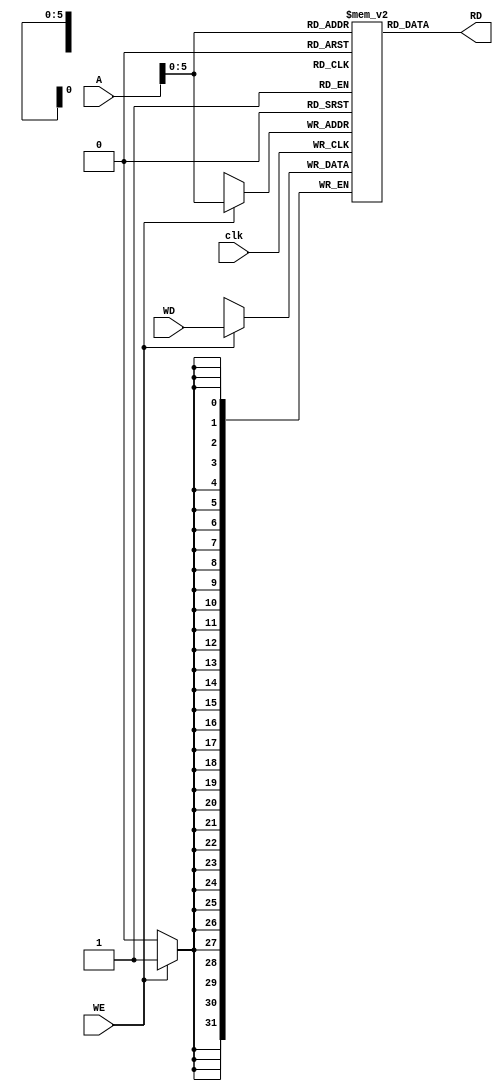


module data_memory (
	input [31:0] A, // read/write port
	input clk,
	input WE, 	// write enable
	input [31:0] WD, 	// write data
	output [31:0] RD	// Read data
);


parameter Mem_data_width = 32;
parameter Mem_add_width = 64; // 64 entries
reg [Mem_data_width-1:0] Data_Memory [0: Mem_add_width-1];

// Read Asynchronous
//always@(A) begin
assign RD = Data_Memory[A];
//end

// Write Asynchronous
always@(posedge clk) begin
	if(WE==1)
		Data_Memory[A] <= WD;
end


endmodule